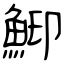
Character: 鮣